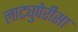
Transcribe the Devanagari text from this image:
लाट्युपेरीसा